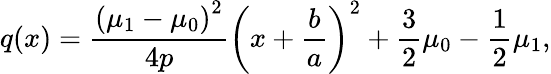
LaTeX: q(x)={\frac{\left(\mu_{1}-\mu_{0}\right)^{2}}{4p}}\left(x+{\frac{b}{a}}\right)^{2}+{\frac{3}{2}}\mu_{0}-{\frac{1}{2}}\mu_{1},